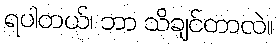
ရပါတယ်၊ ဘာ သိချင်တာလဲ။